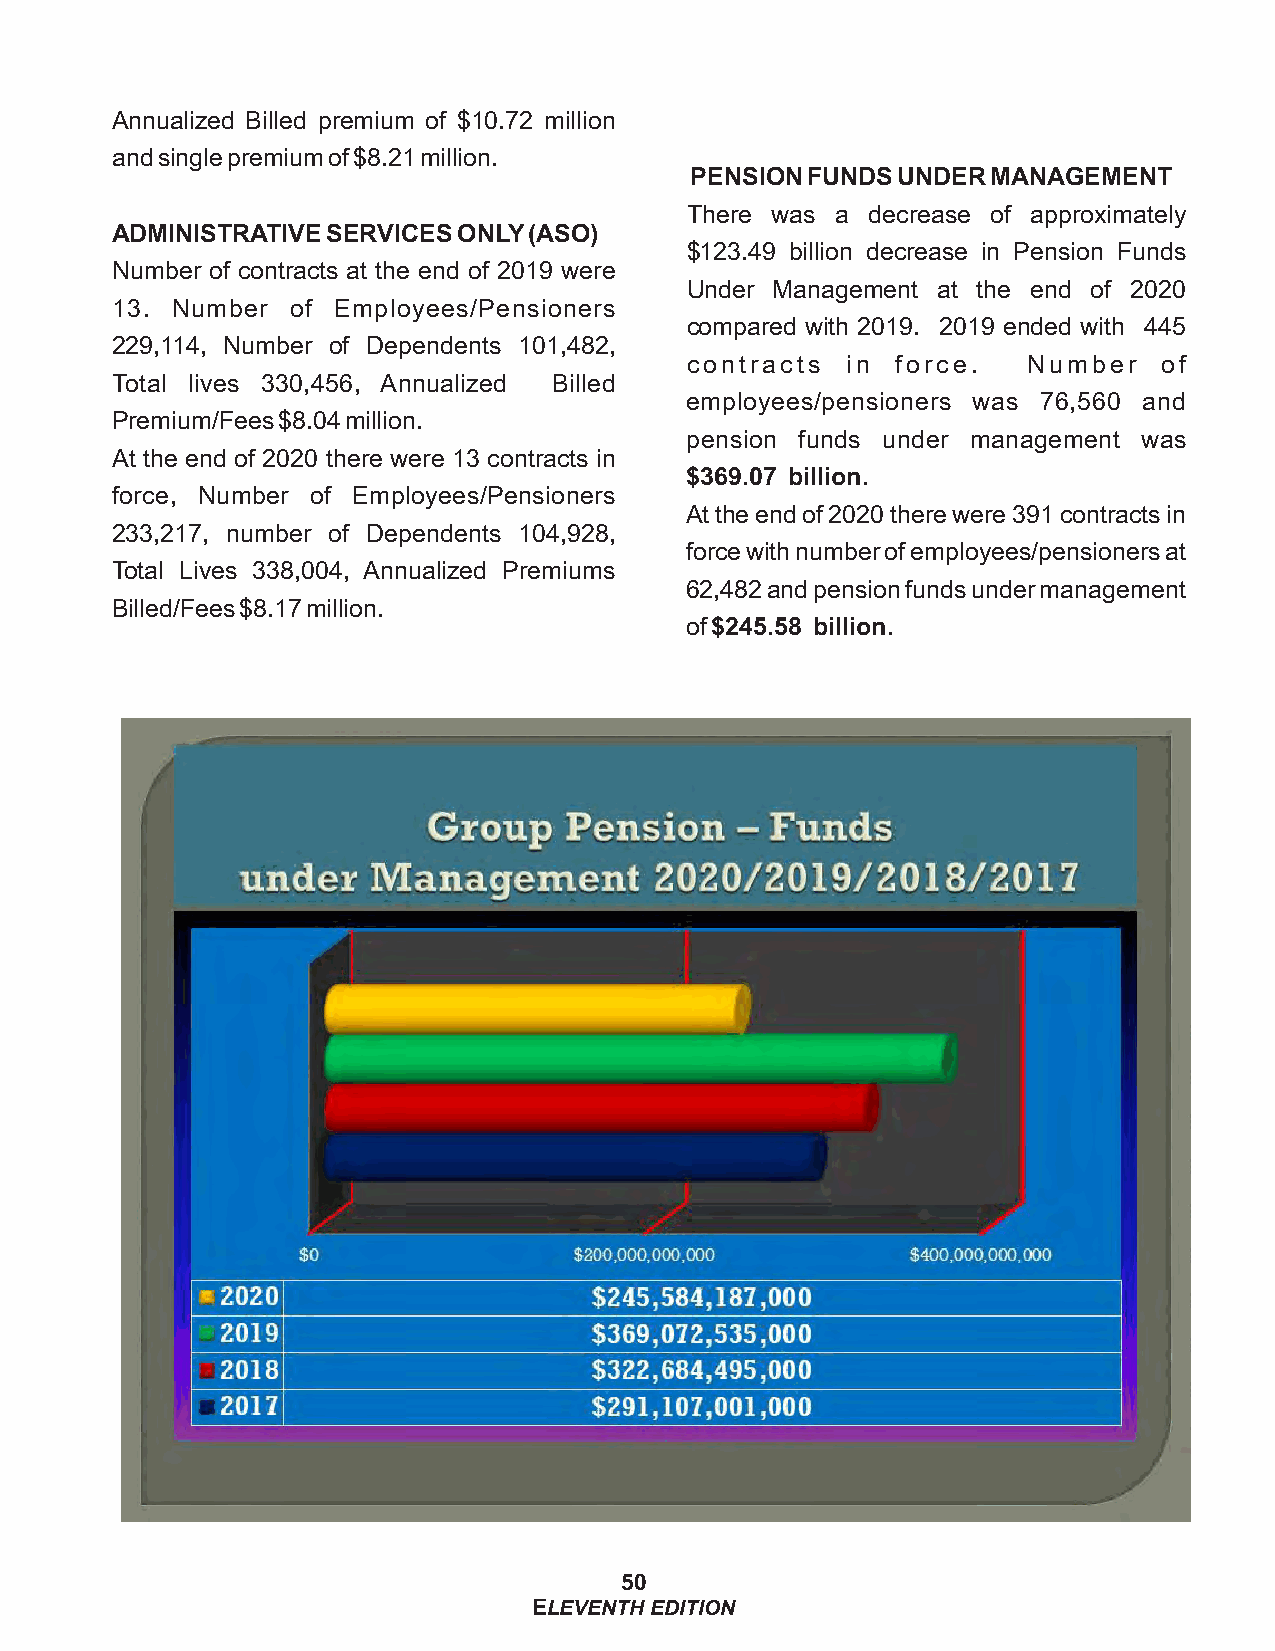
Annualized Billed premium of $10.72 million
 and single premium of $8.21 million.
 PENSION FUNDS UNDER MANAGEMENT
 There was a decrease of approximately
 ADMINISTRATIVE SERVICES ONLY (ASO)
 $123.49 billion decrease in Pension Funds
 Number of contracts at the end of 2019 were
 Under Management at the end of 2020
 13. Number  of Employees/Pensioners
 compared with 2019. 2019 ended with 445
 229,114, Number of Dependents 101,482,
 contracts  in force.   Number   of
 Total lives 330,456, Annualized Billed
 employees/pensioners was 76,560 and
 Premium/Fees $8.04 million.
 pension funds under management was
 At the end of 2020 there were 13 contracts in
 $369.07 billion.
 force, Number of Employees/Pensioners
 At the end of 2020 there were 391 contracts in
 233,217, number of Dependents 104,928,
 force with number of employees/pensioners at
 Total Lives 338,004, Annualized Premiums
 62,482 and pension funds under management
 Billed/Fees $8.17 million.
 of $245.58 billion.
 50
 ELEVENTH EDITION